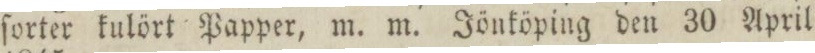
ſorter kulört Papper, m. m. Jönköping den 30 April